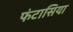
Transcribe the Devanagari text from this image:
फंटासिया